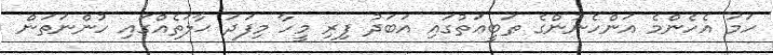
ހަމަ އެހެންމެ އަންހެނުންގެ ޠަބީޢަތުގައި އަބަދު ފިރި މީހާ މިފަދަ ޙާލަތެއްގައި ހުންނަތަން